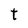
Character: t